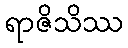
ရာဇိသိဿ